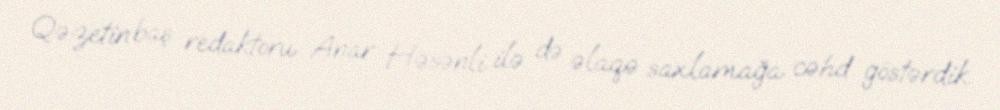
Qəzetin baş redaktoru Anar Həsənli ilə də əlaqə saxlamağa cəhd göstərdik.